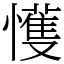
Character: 㦜